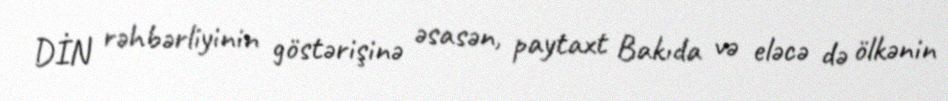
DİN rəhbərliyinin göstərişinə əsasən, paytaxt Bakıda və eləcə də ölkənin